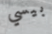
بيسي